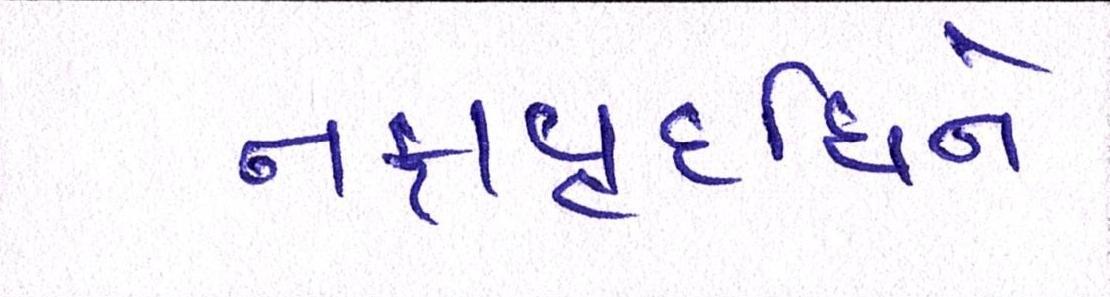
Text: નફાવૃદ્ધિને